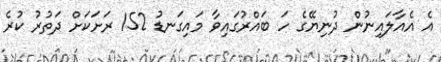
އެ އެއާލައިނުން ދުނިޔޭގެ ހަ ބައްރުގައިވާ މައިގަނޑު 152 ރަށަކަށް ދަތުރު ކުރެ